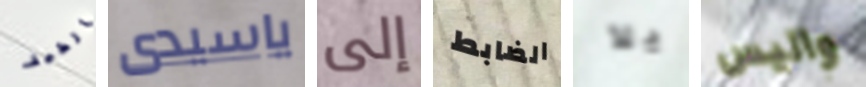
الطيف ياسيدى إلى الضابط يلا واليس